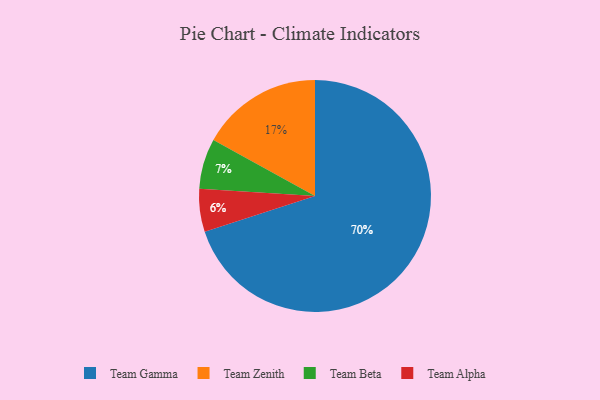
{"axis": {"x": "Category", "y": "Percentage"}, "legend": ["Team Alpha", "Team Beta", "Team Gamma", "Team Zenith"], "data": [{"x": "Team Alpha", "y": 6, "type": "Team Alpha"}, {"x": "Team Gamma", "y": 70, "type": "Team Gamma"}, {"x": "Team Beta", "y": 7, "type": "Team Beta"}, {"x": "Team Zenith", "y": 17, "type": "Team Zenith"}]}